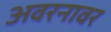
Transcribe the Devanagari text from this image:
अवरनावर